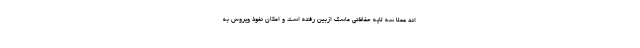
اند عملا سه لایه حفاظتی ماسک ازبین رفته است و امکان نفوذ ویروس به